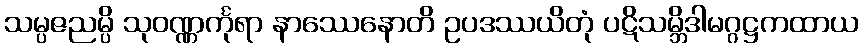
သမ္ပဇညမ္ပိ သုဝဏ္ဏင်္ကုရာ နာဿေနောတိ ဥပဒဿယိတုံ ပဋိသမ္ဘိဒါမဂ္ဂဋ္ဌကထာယ